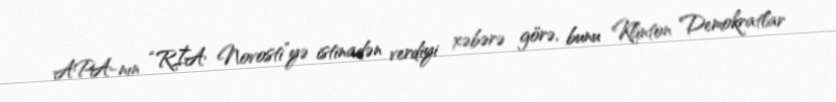
APA-nın “RİA Novosti”yə istinadən verdiyi xəbərə görə, bunu Klinton Demokratlar